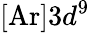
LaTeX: [\mathrm{Ar}]3d^{9}